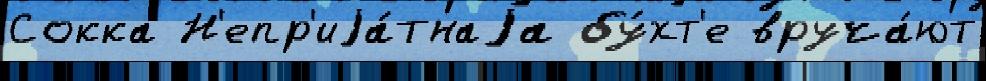
Сокка Н'епр'иjа́тнаjа бу́хт'е вруча́ют